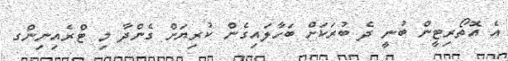
އެ އޮތޯރިޓީން ބުނީ ދެ ބުރަކަށް ބަހާލައިގެން ކުރިޔަށް ގެންދާ މި ޓްރެއިނިންގ